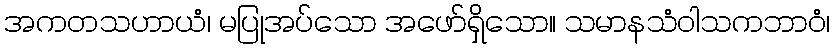
အကတသဟာယံ၊ မပြုအပ်သော အဖော်ရှိသော။ သမာနသံဝါသကဘာဝံ၊